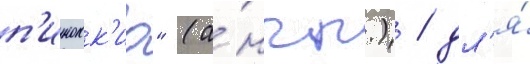
п'инокк'ио" (а́нгл.) / дл'я́